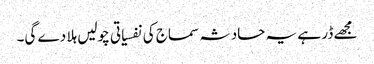
مجھے ڈر ہے یہ حادثہ سماج کی نفسیاتی چولیں ہلا دے گی۔